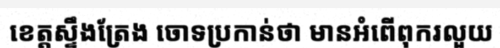
ខេត្តស្ទឹងត្រែង ចោទប្រកាន់ថា មានអំពើពុករលួយ